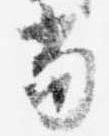
当